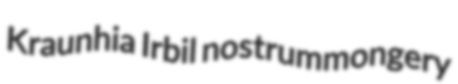
Kraunhia Irbil nostrummongery